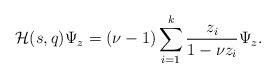
LaTeX: \begin{align*}\mathcal{H}(s, q)\Psi_{z}=(\nu-1)\sum_{i=1}^{k}\frac{z_{i}}{1-\nu z_{i}}\Psi_{z}. \end{align*}